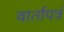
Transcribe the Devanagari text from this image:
वार्तापत्रं